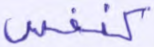
كنفس